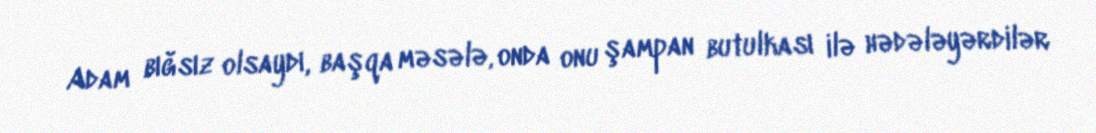
Adam bığsız olsaydı, başqa məsələ, onda onu şampan butulkası ilə hədələyərdilər